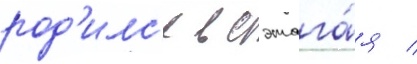
род'илс'я в сэтага́я /